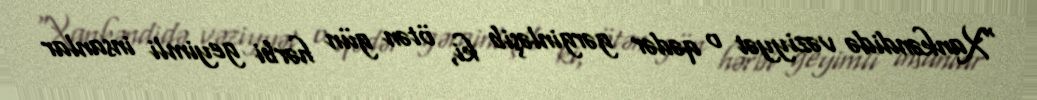
“Xankəndidə vəziyyət o qədər gərginləşib ki, ötən gün hərbi geyimli insanlar